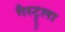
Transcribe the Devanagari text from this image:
गैस्ट्रूला